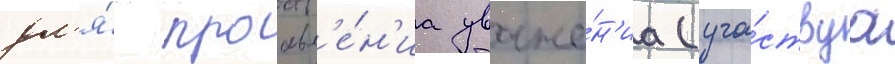
дл'я́ проавл'е́н'иа уваже́н'иа (уча́ствуа